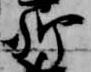
卿